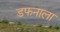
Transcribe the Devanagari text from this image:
डफनाला